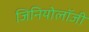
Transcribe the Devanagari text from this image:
जिनियोलॉजी